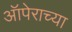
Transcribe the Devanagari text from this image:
ऑपेराच्या